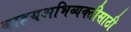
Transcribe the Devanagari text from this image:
बाहयअभिव्यक्‍तीसाठी